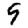
Digit: 9